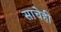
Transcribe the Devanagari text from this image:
साचेही